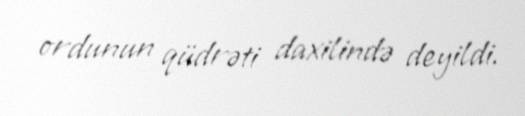
ordunun qüdrəti daxilində deyildi.